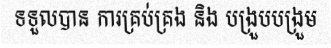
ទទួលបាន ការគ្រប់គ្រង និង បង្រួបបង្រួម